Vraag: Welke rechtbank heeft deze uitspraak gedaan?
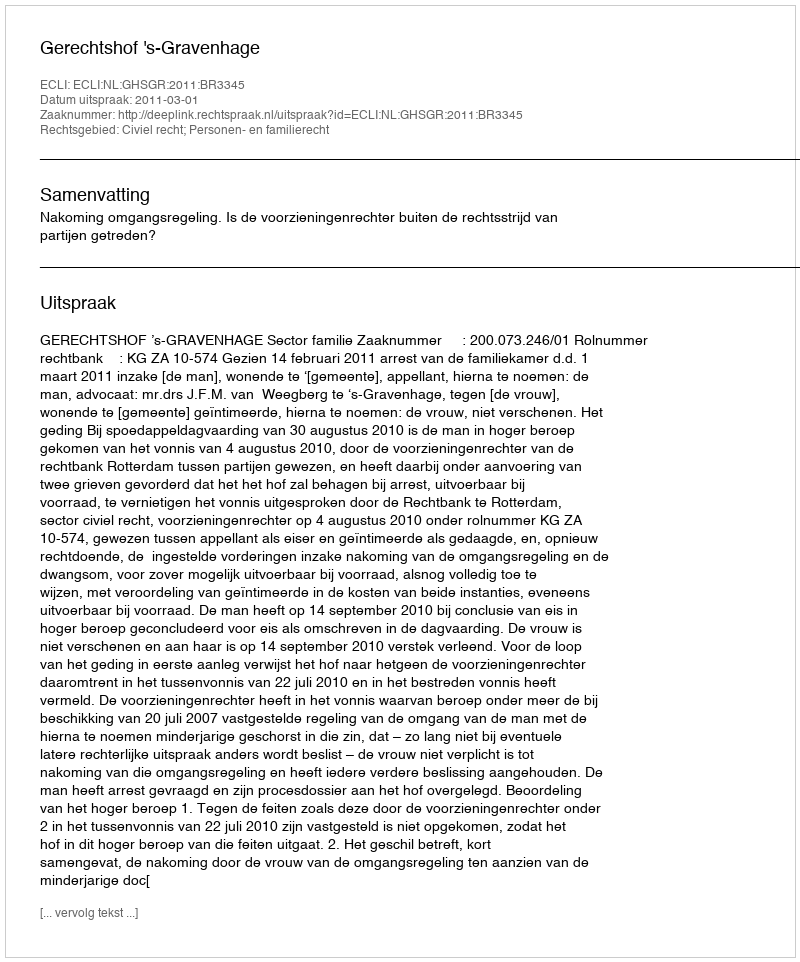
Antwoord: Gerechtshof 's-Gravenhage